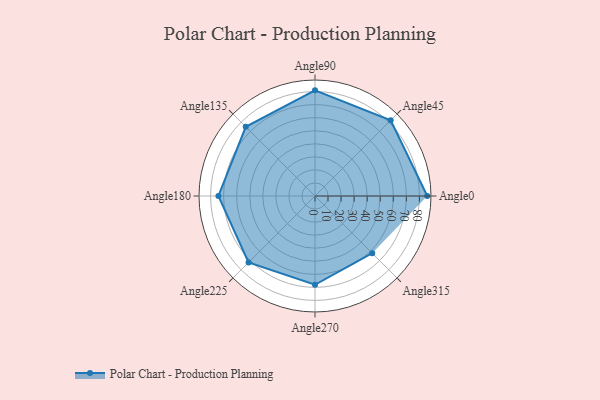
{"axis": {"x": "Angle", "y": "Radius"}, "legend": [""], "data": [{"x": "Angle0", "y": 86.0, "type": ""}, {"x": "Angle45", "y": 82.0, "type": ""}, {"x": "Angle90", "y": 81.0, "type": ""}, {"x": "Angle135", "y": 75.0, "type": ""}, {"x": "Angle180", "y": 74.0, "type": ""}, {"x": "Angle225", "y": 72.0, "type": ""}, {"x": "Angle270", "y": 68.0, "type": ""}, {"x": "Angle315", "y": 62.0, "type": ""}]}